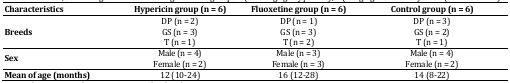
| Characteristics | Hypericin group (n = 6) | Fluoxetine group (n = 6) | Control group (n = 6) |
 | --- | --- | --- | --- |
 | Breeds | DP (n = 2)GS (n = 3)T (n = 1) | DP (n = 1)GS (n = 3)T (n = 2) | DP (n = 3)GS (n = 2)T (n = 1) |
 | Sex | Male (n = 4)Female (n = 2) | Male (n = 3)Female (n = 3) | Male (n = 4)Female (n = 2) |
 | Mean of age (months) | 12 (10-24) | 16 (12-28) | 14 (8-22) |